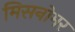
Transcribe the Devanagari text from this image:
मिसनोमर